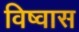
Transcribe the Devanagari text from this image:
विष्वास